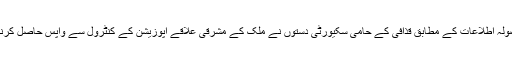
دوسری طرف لیبیا سے موصولہ اطلاعات کے مطابق قذافی کے حامی سکیورٹی دستوں نے ملک کے مشرقی علاقے اپوزیشن کے کنٹرول سے واپس حاصل کرنے میں کچھ پیشرفت کی ہے۔